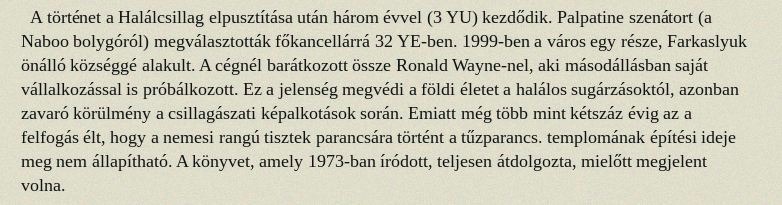
A történet a Halálcsillag elpusztítása után három évvel (3 YU) kezdődik. Palpatine szenátort (a Naboo bolygóról) megválasztották főkancellárrá 32 YE-ben. 1999-ben a város egy része, Farkaslyuk önálló községgé alakult. A cégnél barátkozott össze Ronald Wayne-nel, aki másodállásban saját vállalkozással is próbálkozott. Ez a jelenség megvédi a földi életet a halálos sugárzásoktól, azonban zavaró körülmény a csillagászati képalkotások során. Emiatt még több mint kétszáz évig az a felfogás élt, hogy a nemesi rangú tisztek parancsára történt a tűzparancs. templomának építési ideje meg nem állapítható. A könyvet, amely 1973-ban íródott, teljesen átdolgozta, mielőtt megjelent volna.